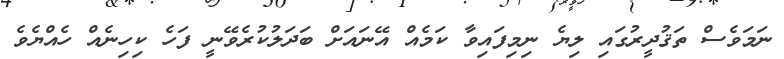
ނަމަވެސް ތަޤުދީރުގައި ލިޔެ ނިމިފައިވާ ކަމެއް އޭނައަށް ބަދަލުކުރެވޭނީ ފަހެ ކިހިނެއް ހެއްޔެވެެ